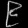
Digit: ၉